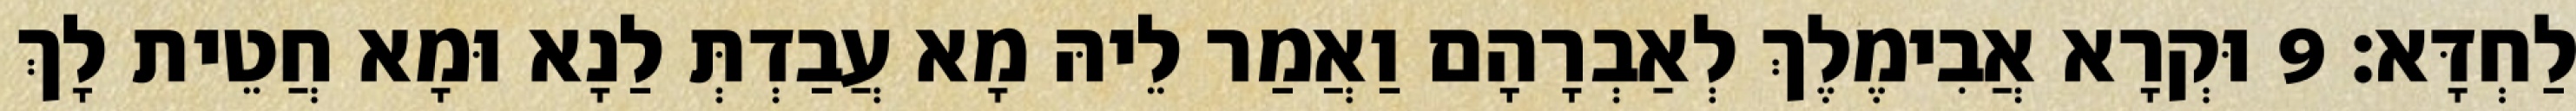
לַחְדָּא׃ 9 וּקְרָא אֲבִימֶלֶךְ לְאַבְרָהָם וַאֲמַר לֵיהּ מָא עֲבַדְתְּ לַנָא וּמָא חֲטֵית לָךְ